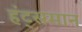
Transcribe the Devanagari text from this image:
हंट्समान